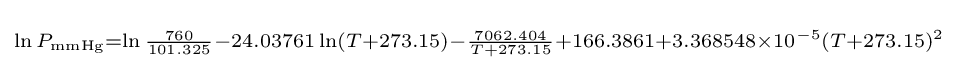
\scriptstyle \ln P_{\text{mmHg}}=\ln {\frac {760}{101.325}}-24.03761\ln(T+273.15)-{\frac {7062.404}{T+273.15}}+166.3861+3.368548\times 10^{-5}(T+273.15)^{2}